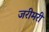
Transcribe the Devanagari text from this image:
जरीमरी